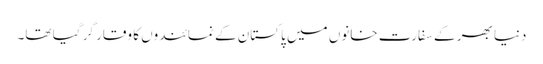
دنیا بھر کے سفارت خانوں میں پاکستان کے نمائندوں کا وقار گر گیا تھا۔